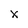
Character: x